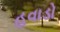
હવાડો